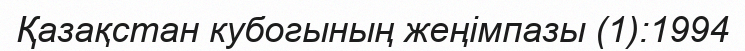
Қазақстан кубогының жеңімпазы (1):1994